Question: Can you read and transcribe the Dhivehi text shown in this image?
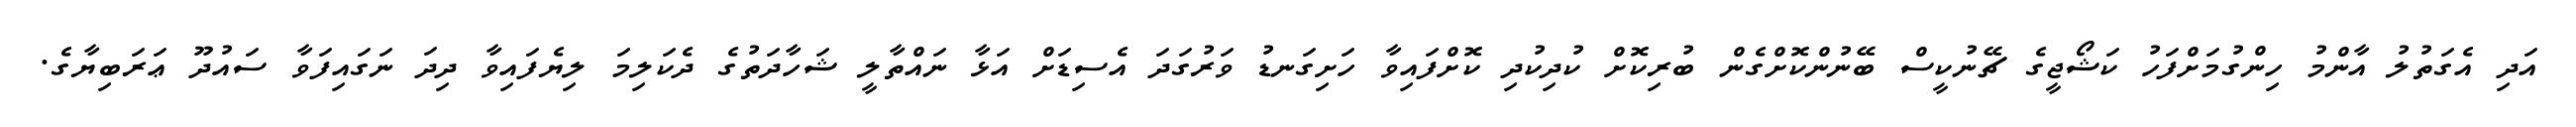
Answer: އަދި އެގަތުލު އާންމު ހިންގުމަށްފަހު ކަޝޯޖީގެ ޗޭނުކީސް ބޭނުންކޮށްގެން ބުރިކޮށް ކުދިކުދި ކޮށްފައިވާ ހަށިގަނޑު ވަރުގަދަ އެސިޑަށް އަޅާ ނައްތާލީ ޝަހާދަތުގެ ދެކަލިމަ ލިޔެފައިވާ ދިދަ ނަގައިފަވާ ސައުދޫ ޢަރަބިޔާގެ.